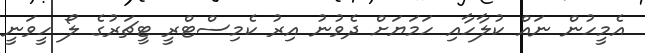
އެމީހުން ނައް ކުލާހާއި ހަމަޔަށް ދެވުނު އިރު ކެމިސްޓްރީ ޓީޗަރުގެ ލޯ ހީވަނީ